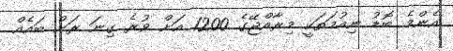
އެންމެ ބޮޑު ނިއުމަތަކީ މިރާއްޖޭގެ 1200 އަށް ވުރެ ގިނަ ރަށް ބައެއް